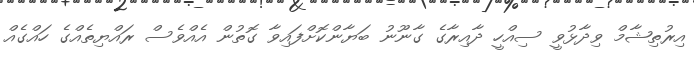
އިރުތިޝާމް ވިދާޅުވީ ސިއްހީ ދާއިރާގެ ގާނޫނު ބަޔާންކޮށްފައިވާ ގޮތުން އެއްވެސް ރައްޔިތެއްގެ ހައްގެއް